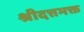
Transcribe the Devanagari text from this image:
श्रीदत्तभक्त